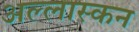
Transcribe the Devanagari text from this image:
अल्लास्कन